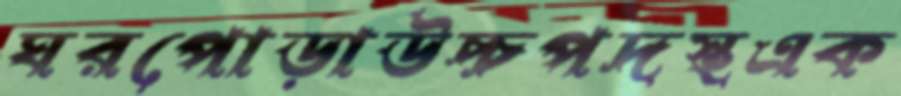
ঘরপোড়াউচ্চপদস্থএক